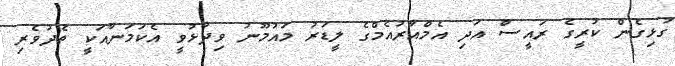
ގުޅިގެން ކުރީގެ ރައީސް އަދި އެމްއާރުއެމްގެ ލީޑަރު މައުމޫނު ވިދާޅުވީ އެކަމަނާއަކީ ތެދުވެރި